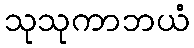
သုသုကာဘယံ